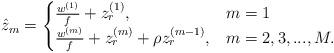
LaTeX: \begin{align*}\hat{z}_m = \begin{cases}\frac{w^{(1)}}{f}+z_r^{(1)}, & m=1 \\\frac{w^{(m)}}{f}+z_r^{(m)}+\rho z_r^{(m-1)}, & m=2,3,...,M. \\\end{cases}\end{align*}